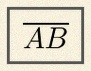
\overline{AB}